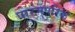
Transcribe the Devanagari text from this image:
पारमपरिक